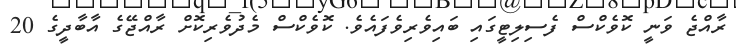
ރާއްޖެ ވަނީ ކޮވެކްސް ފެސިލިޓީގައި ބައިވެރިވެފައެވެ. ކޮވެކްސް މެދުވެރިކޮށް ރާއްޖޭގެ އާބާދީގެ 20